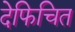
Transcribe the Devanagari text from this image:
देफिचित